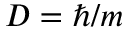
D = \hbar / m